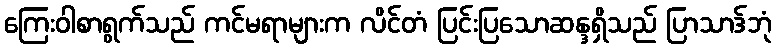
ကြေးဝါစာရွက်သည် ကင်မရာများက လိင်တံ ပြင်းပြသောဆန္ဒရှိသည် ပြာသာဒ်ဘုံ